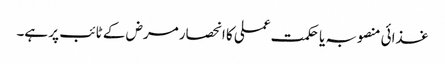
غذائی منصوبہ یا حکمت عملی کا انحصار مرض کے ٹائب پر ہے۔